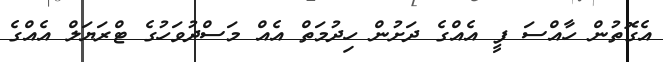
އެގޮތުން ހާއްސަ ފީ އެއްގެ ދަށުން ހިދުމަތް އެއް މަސްދުވަހުގެ ޓްރަޔަލް އެއްގެ